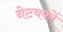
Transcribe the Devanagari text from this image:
नेटवकों